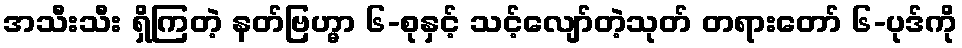
အသီးသီး ရှိကြတဲ့ နတ်ဗြဟ္မာ ၆-စုနှင့် သင့်လျော်တဲ့သုတ် တရားတော် ၆-ပုဒ်ကို